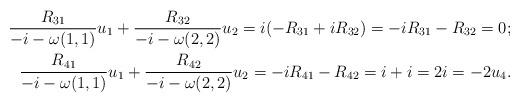
LaTeX: \begin{align*}\frac{R_{31}}{-i-\omega(1,1)}u_1+\frac{R_{32}}{-i-\omega(2,2)}u_2=i(-R_{31}+iR_{32})=-iR_{31}-R_{32}=0;\\\frac{R_{41}}{-i-\omega(1,1)}u_1+\frac{R_{42}}{-i-\omega(2,2)}u_2=-iR_{41}-R_{42}=i+i=2i=-2u_4.\end{align*}